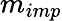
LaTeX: m_{imp}